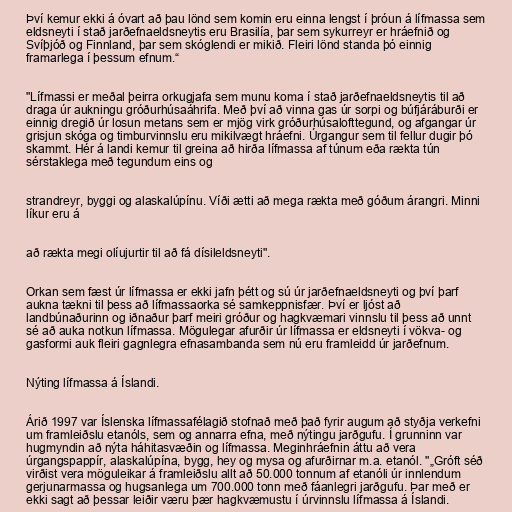
Því kemur ekki á óvart að þau lönd sem komin eru einna lengst í þróun á lífmassa sem
eldsneyti í stað jarðefnaeldsneytis eru Brasilía, þar sem sykurreyr er hráefnið og
Svíþjóð og Finnland, þar sem skóglendi er mikið. Fleiri lönd standa þó einnig
framarlega í þessum efnum.“

"Lífmassi er meðal þeirra orkugjafa sem munu koma í stað jarðefnaeldsneytis til að
draga úr aukningu gróðurhúsaáhrifa. Með því að vinna gas úr sorpi og búfjáráburði er
einnig dregið úr losun metans sem er mjög virk gróðurhúsalofttegund, og afgangar úr
grisjun skóga og timburvinnslu eru mikilvægt hráefni. Úrgangur sem til fellur dugir þó
skammt. Hér á landi kemur til greina að hirða lífmassa af túnum eða rækta tún
sérstaklega með tegundum eins og

strandreyr, byggi og alaskalúpínu. Víði ætti að mega rækta með góðum árangri. Minni
líkur eru á

að rækta megi olíujurtir til að fá dísileldsneyti".

Orkan sem fæst úr lífmassa er ekki jafn þétt og sú úr jarðefnaeldsneyti og því þarf
aukna tækni til þess að lífmassaorka sé samkeppnisfær. Því er ljóst að
landbúnaðurinn og iðnaður þarf meiri gróður og hagkvæmari vinnslu til þess að unnt
sé að auka notkun lífmassa. Mögulegar afurðir úr lífmassa er eldsneyti í vökva- og
gasformi auk fleiri gagnlegra efnasambanda sem nú eru framleidd úr jarðefnum.

Nýting lífmassa á Íslandi.

Árið 1997 var Íslenska lífmassafélagið stofnað með það fyrir augum að styðja verkefni
um framleiðslu etanóls, sem og annarra efna, með nýtingu jarðgufu. Í grunninn var
hugmyndin að nýta háhitasvæðin og lífmassa. Meginhráefnin áttu að vera
úrgangspappír, alaskalúpína, bygg, hey og mysa og afurðirnar m.a. etanól. "„Gróft séð
virðist vera möguleikar á framleiðslu allt að 50.000 tonnum af etanóli úr innlendum
gerjunarmassa og hugsanlega um 700.000 tonn með fáanlegri jarðgufu. Þar með er
ekki sagt að þessar leiðir væru þær hagkvæmustu í úrvinnslu lífmassa á Íslandi.